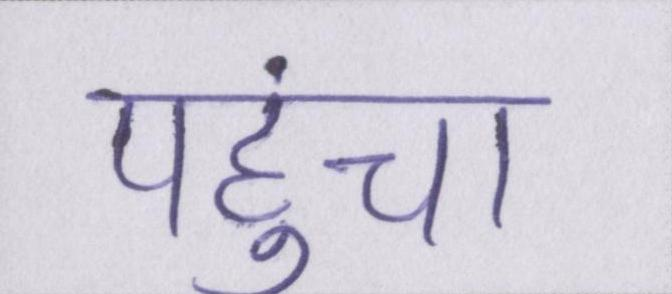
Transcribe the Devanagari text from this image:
पहुंचा